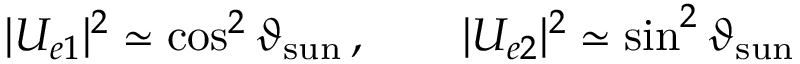
| U _ { e 1 } | ^ { 2 } \simeq \cos ^ { 2 } \vartheta _ { \mathrm { s u n } } \, , \qquad | U _ { e 2 } | ^ { 2 } \simeq \sin ^ { 2 } \vartheta _ { \mathrm { s u n } }